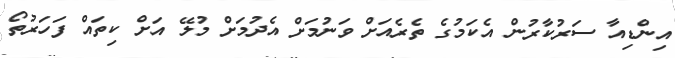
އިންޑިއާ ސަރުކާރުން އެކަމުގެ ތެރެއަށް ވަނުމަށް އެދުމަށް މުލޭ އަށް ކިތައް ފަހަރުތޯ